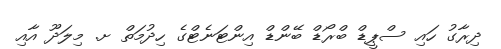
ދިރާގު ހައި ސްޕީޑް ބްރޯޑް ބޭންޑް އިންޓަނެޓްގެ ހިދުމަތް ށ. މިލަދޫ އާއި